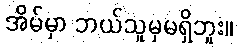
အိမ်မှာ ဘယ်သူမှမရှိဘူး။